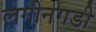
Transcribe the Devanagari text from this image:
लगीनगडी